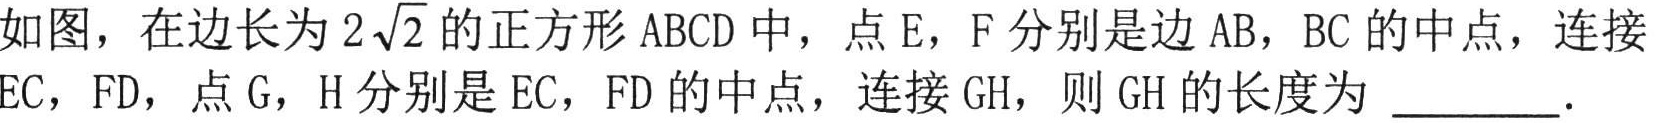
如图，在边长为\(2\sqrt{2}\)的正方形\(ABCD\)中，点\(E\)，\(F\)分别是边\(AB\)，\(BC\)的中点，连接\(EC\)，\(FD\)，点\(G\)，\(H\)分别是\(EC\)，\(FD\)的中点，连接\(GH\)，则\(GH\)的长度为 \_\_\_\_\_．